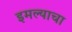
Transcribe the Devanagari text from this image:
इमल्याचा